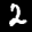
Label: 2